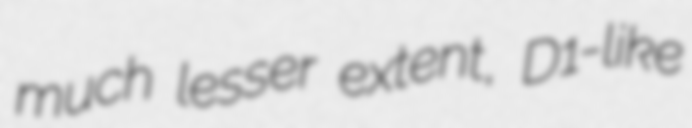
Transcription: much lesser extent, D1-like